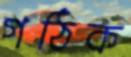
গঠিক